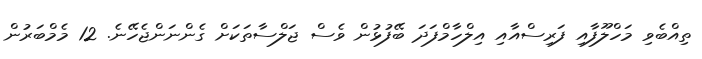
ތިއްބެވި މަހްލޫފާއި ފަރިސްއާއި އިލްހާމްފަދަ ބޭފުޅުން ވެސް ޖަލްސާތަކަށް ގެންނަންޖެހޭނެ. 12 މެމްބަރުން